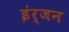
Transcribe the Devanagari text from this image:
इंर्जन